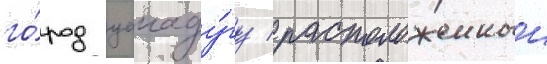
го́род уагаду́гу / расположенныи